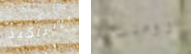
بالتأكيد رومنسية